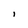
Character: l